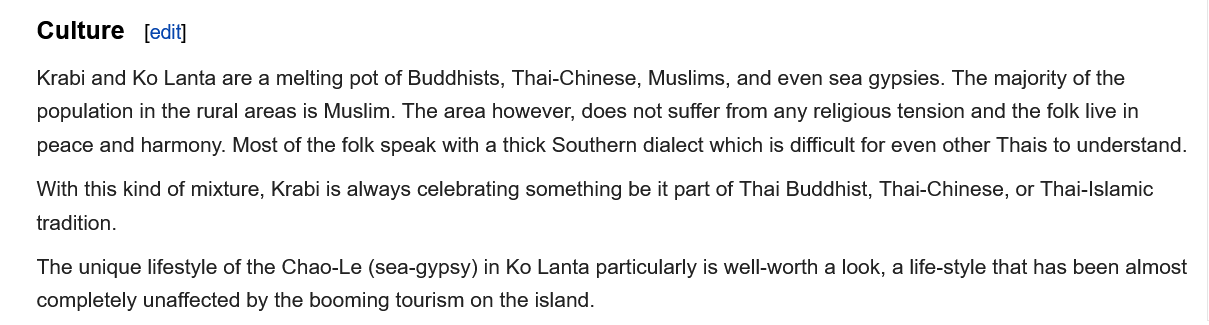
Culture
    Krabi and Ko Lanta are a melting pot of Buddhists, Thai-Chinese, Muslims, and even sea gypsies. The majority of the
    population in the rural areas is Muslim. The area however, does not suffer from any religious tension and the folk live in
    peace and harmony. Most of the folk speak with a thick Southern dialect which is difficult for even other Thais to understand.
    With this kind of mixture, Krabi is always celebrating something be it part of Thai Buddhist, Thai-Chinese, or Thai-Islamic
    tradition.
    The unique lifestyle of the Chao-Le (sea-gypsy) in Ko Lanta particularly is well-worth a look,
     a
     life-style that has been almost
    completely unaffected by the booming tourism on the island.